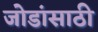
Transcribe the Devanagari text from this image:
जोडांसाठी